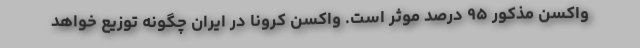
واکسن مذکور ۹۵ درصد موثر است. واکسن کرونا در ایران چگونه توزیع خواهد